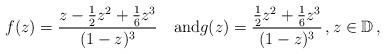
LaTeX: \begin{align*}f(z)=\frac{z-\frac 12 z^2+\frac 16 z^3}{(1-z)^3}\quad{\rm and}g(z)=\frac{\frac 12 z^2+\frac 16 z^3}{(1-z)^3}\,,z\in\mathbb{D}\,,\end{align*}